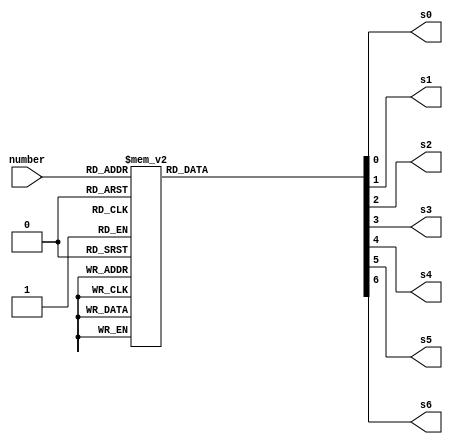
/////////////////////////////////////////////////////////
//
//		utility.v includes: LED_MUX , clk_gen modules , led , BARCODE_LED
//
/////////////////////////////////////////////////////////


//////////////////////////////////
//								
//	Name: Christian	Moreano		
//	Class: CmpE 125,FA12		
//	Instructor: Dr. Hung		
//	Module: LED			
//								
//////////////////////////////////

module led(number, s0, s1, s2, s3, s4, s5, s6); 
output s0, s1, s2, s3, s4, s5, s6; 
input [3:0] number; 
reg s0, s1, s2, s3, s4, s5, s6; 
always @ (number) 
	begin // BCD to 7-segment decoding
		case (number) // s0 - s6 are active low
		4'b0000: begin s0=0; s1=0; s2=0; s3=1; s4=0; s5=0; s6=0; end
		4'b0001: begin s0=1; s1=0; s2=1; s3=1; s4=0; s5=1; s6=1; end
		4'b0010: begin s0=0; s1=1; s2=0; s3=0; s4=0; s5=1; s6=0; end
		4'b0011: begin s0=0; s1=0; s2=1; s3=0; s4=0; s5=1; s6=0; end
		4'b0100: begin s0=1; s1=0; s2=1; s3=0; s4=0; s5=0; s6=1; end
		4'b0101: begin s0=0; s1=0; s2=1; s3=0; s4=1; s5=0; s6=0; end
		4'b0110: begin s0=0; s1=0; s2=0; s3=0; s4=1; s5=0; s6=0; end
		4'b0111: begin s0=1; s1=0; s2=1; s3=1; s4=0; s5=1; s6=0; end
		4'b1000: begin s0=0; s1=0; s2=0; s3=0; s4=0; s5=0; s6=0; end
		4'b1001: begin s0=0; s1=0; s2=1; s3=0; s4=0; s5=0; s6=0; end
		default: begin s0=1; s1=1; s2=1; s3=1; s4=1; s5=1; s6=1; end
		endcase 
	end
endmodule  // end led

//////////////////////////////////
//								
//	Name: Christian	Moreano		
//	Class: CmpE 125,FA12		
//	Instructor: Dr. Hung		
//	Module: BARCODE LED				
//								
//////////////////////////////////


module BARDCODE_LED(in_A,in_B,out);

input [2:0] in_A, in_B;
output reg [5:0] out;
always @ (in_A,in_B)
	begin
		out[2:0] = in_B;
		out[5:3] = in_A;
	end
endmodule

//////////////////////////////////
//								
//	Name: Christian	Moreano		
//	Class: CmpE 125,FA12		
//	Instructor: Dr. Hung		
//	Module: LED_MUX				
//								
//////////////////////////////////


module LED_MUX (clk, rst, LED0, LED1, LED2, LED3, LEDOUT, LEDSEL);
input clk, rst;
input [7:0] LED0, LED1, LED2, LED3;

output[3:0] LEDSEL;
output[7:0] LEDOUT;

reg [3:0] LEDSEL;
reg [7:0] LEDOUT;
reg [1:0] index;
always @(posedge clk)
	begin
	if(rst)
	index = 0;
	else
	index = index + 1;
	end
	always @(index, LED0, LED1, LED2, LED3)
	begin
		case(index)
			0: begin
			LEDSEL = 4'b1110;
			LEDOUT = LED0;
				end
			1: begin
			LEDSEL = 4'b1101;
			LEDOUT = LED1;
				end
			2: begin
			LEDSEL = 4'b1011;
			LEDOUT = LED2;
				end
			3: begin
			LEDSEL = 4'b0111;
			LEDOUT = LED3;
				end
			default: begin
			LEDSEL = 0; LEDOUT = 0;
						end
		endcase
	end
endmodule


//////////////////////////////////
//								//
//	Name: Christian	Moreano		//
//	Class: CmpE 125,FA12		//
//	Instructor: Dr. Hung		//
//	Module: clk_gen				//
//								//
//////////////////////////////////

module clk_gen(clk50MHz, rst, clksec4, clk_5KHz);
input clk50MHz, rst;
output clksec4, clk_5KHz;
reg clksec4, clk_5KHz;
integer count, count1;
always@(posedge clk50MHz)
begin
	if(rst)
	begin
		count = 0;
		count1 = 0;
		clksec4 = 0;
		clk_5KHz  =0;
	end
	else 
	begin
		if(count == 100000000)
		begin
			clksec4 = ~clksec4;
			count = 0;
		end
		if(count1 == 20000)
		begin
			clk_5KHz = ~clk_5KHz;
			count1 = 0;
		end			
		count = count + 1;
		count1 = count1 + 1;					 		
	end
end
endmodule

//////////////////////////////////
//								
//	Name: Christian	Moreano		
//	Class: CmpE 125,FA12		
//	Instructor: Dr. Hung		
//	Module: Debounce				
//								
//////////////////////////////////


module debounce(pb_debounced, pb, clk); 
input pb, clk; 
output pb_debounced; 
reg [7:0] shift; 
reg pb_debounced; 
always @ (posedge clk) 
begin 
	shift[6:0] <= shift[7:1]; 
	shift[7] <= pb; 
	if (shift==4'b0000) 
		pb_debounced <= 1'b0; 
	else pb_debounced <= 1'b1; 
end 
endmodule